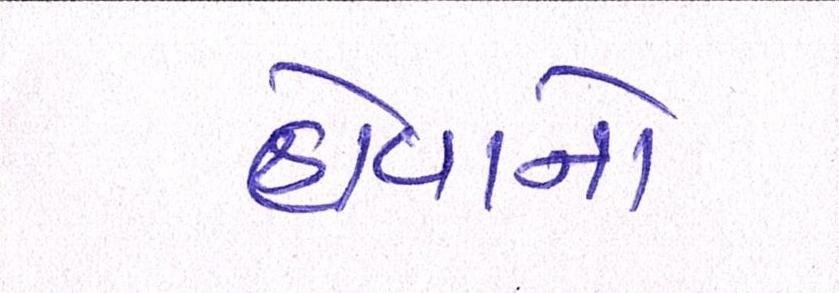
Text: હોવાનો